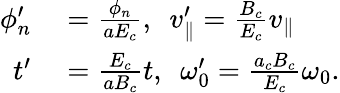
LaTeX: \begin{array}{rl}{\phi_{n}^{\prime}}&{{}=\frac{\phi_{n}}{aE_{c}},\ \ v_{\parallel}^{\prime}=\frac{B_{c}}{E_{c}}v_{\parallel}}\\ {t^{\prime}}&{{}=\frac{E_{c}}{aB_{c}}t,\ \ \omega_{0}^{\prime}=\frac{a_{c}B_{c}}{E_{c}}\omega_{0}.}\end{array}